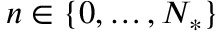
n \in \{ 0 , \ldots , N _ { * } \}